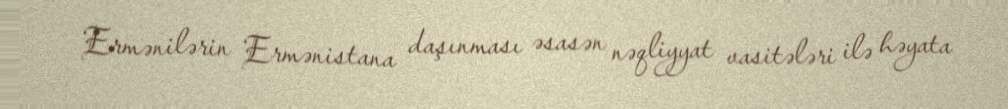
Ermənilərin Ermənistana daşınması əsasən nəqliyyat vasitələri ilə həyata